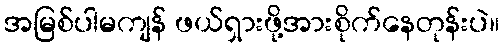
အမြစ်ပါမကျန် ဖယ်ရှားဖို့အားစိုက်နေတုန်းပဲ။